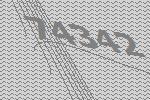
74342